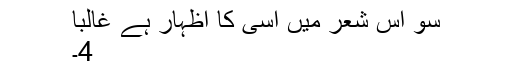
سو اس شعر میں اسی کا اظہار ہے غالبا
4۔